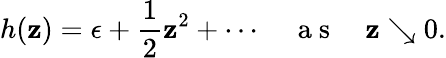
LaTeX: h(\mathbf{z})=\epsilon+\frac{{1}}{{2}}\mathbf{z}^{2}+\cdots\quad\mathrm{{~a~s~}}\quad\mathbf{z}\searrow0.